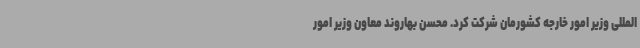
المللی وزیر امور خارجه کشورمان شرکت کرد. محسن بهاروند معاون وزیر امور